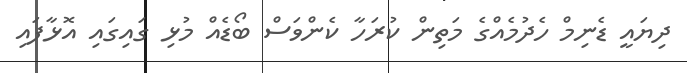
ދިޔައީ ޑެނިމް ހެދުމެއްގެ މަތިން ކުރަހާ ކެންވަސް ބޯޑެއް މުޅި ގައިގައި އޮޅާފައި